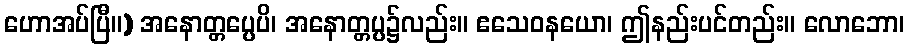
ဟောအပ်ပြီ။) အနောတ္တပ္ပေပိ၊ အနောတ္တပ္ပ၌လည်း။ ဧသေဝနယော၊ ဤနည်းပင်တည်း။ လောဘော၊